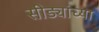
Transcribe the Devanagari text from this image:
सीड्यांच्या